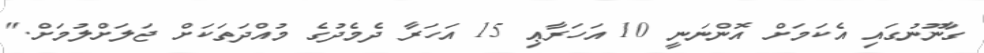
ގާނޫނުގައި އެކަމަށް އޮންނަނީ 10 އަހަރާޢި 15 އަހަރާ ދެމެދުގެ މުއްދަތަކަށް ޖަލަށްލުމަށް."